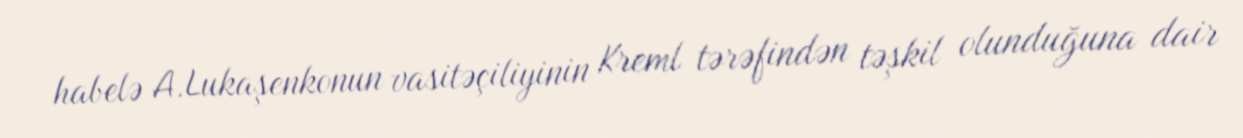
habelə A.Lukaşenkonun vasitəçiliyinin Kreml tərəfindən təşkil olunduğuna dair